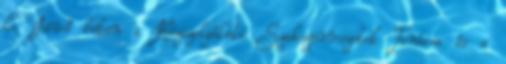
le. Jövő héten a Közszolgálati Szakszervezetek Tanácsa és a